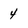
Character: 4